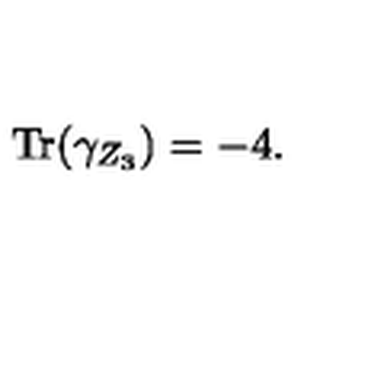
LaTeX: \mathrm { T r } ( \gamma _ { Z _ { 3 } } ) = - 4 .